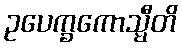
ဥပေက္ခကောသ္မီတိ